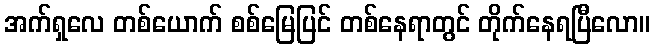
အက်ရှလေ တစ်ယောက် စစ်မြေပြင် တစ်နေရာတွင် တိုက်နေရပြီလော။